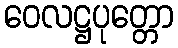
ဝေလဋ္ဌပုတ္တော